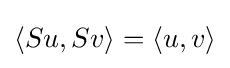
\langle Su,Sv\rangle =\langle u,v\rangle